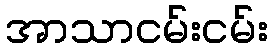
အာသာငမ်းငမ်း